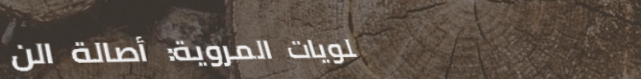
حلويات المروية: أصالة الن